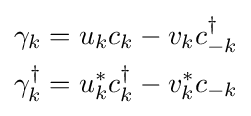
{\begin{aligned}\gamma _{k}&=u_{k}c_{k}-v_{k}c_{-k}^{\dagger }\\\gamma _{k}^{\dagger }&=u_{k}^{*}c_{k}^{\dagger }-v_{k}^{*}c_{-k}\end{aligned}}